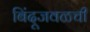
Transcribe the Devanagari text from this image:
बिंदूजवळची